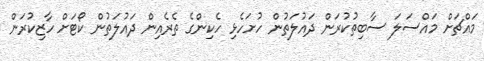
މައްޗަށް މައްސަލަ ސާބިތުކުރަން ދައުލަތުން ހުށަހެޅި ހެކިންގެ ތެރެއިން ދައުލަތުން ކޯޓަށް ހާޒިކުރަން